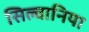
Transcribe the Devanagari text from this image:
सिल्वानिया